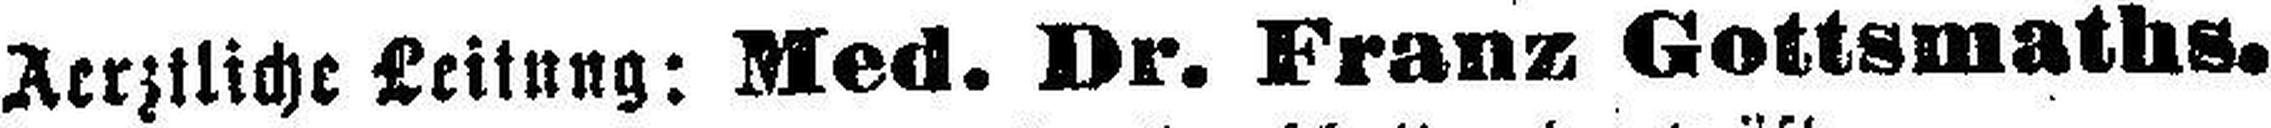
Aerztliche Leitung: Med. Dr. Franz Gottsmaths.